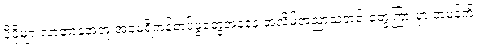
ပိုပိုများလာတာနဲ့အတူ အမေရိကန်တပ်ဖွဲ့တွေအနေနဲ့ အလိမ်အညာသတင်းတွေကြားမှာ အမှန်ကို